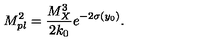
M _ { p l } ^ { 2 } = { \frac { M _ { X } ^ { 3 } } { \displaystyle { 2 k _ { 0 } } } } e ^ { - 2 \sigma ( y _ { 0 } ) } . \,